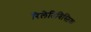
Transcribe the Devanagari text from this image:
रिलेतिविस्तिक